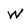
Character: W